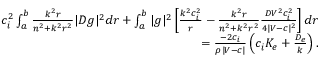
\begin{array} { r } { c _ { i } ^ { 2 } \int _ { a } ^ { b } \frac { k ^ { 2 } r } { n ^ { 2 } + k ^ { 2 } r ^ { 2 } } | D g | ^ { 2 } d r + \int _ { a } ^ { b } | g | ^ { 2 } \left[ \frac { k ^ { 2 } c _ { i } ^ { 2 } } { r } - \frac { k ^ { 2 } r } { n ^ { 2 } + k ^ { 2 } r ^ { 2 } } \frac { D V ^ { 2 } c _ { i } ^ { 2 } } { 4 | V - c | ^ { 2 } } \right] d r } \\ { = \frac { - 2 c _ { i } } { \rho | V - c | } \left( c _ { i } K _ { e } + \frac { D _ { e } } { k } \right) . } \end{array}